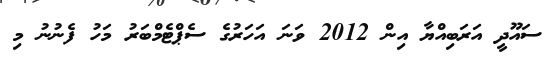
ސައޫދީ އަރަބިއްޔާ އިން 2012 ވަނަ އަހަރުގެ ސެޕްޓެމްބަރު މަހު ފެނުނު މި